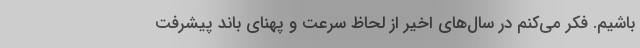
باشیم. فکر می‌کنم در سال‌های اخیر از لحاظ سرعت و پهنای باند پیشرفت